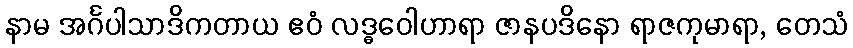
နာမ အင်္ဂပါသာဒိကတာယ ဧဝံ လဒ္ဓဝေါဟာရာ ဇာနပဒိနော ရာဇကုမာရာ, တေသံ